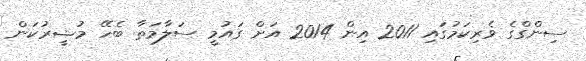
ސިންގްގެ ވެރިކަމުގައި 2011 އިން 2014 އަށް ގައުމީ ސަލާމަތާ ބެހޭ މުޝީރުކަން